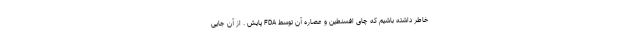
خاطر داشته باشیم که چای افسنطین و عصاره آن توسط FDA پایش . از آن جایی